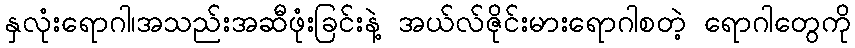
နှလုံးရောဂါ၊အသည်းအဆီဖုံးခြင်းနဲ့ အယ်လ်ဇိုင်းမားရောဂါစတဲ့ ရောဂါတွေကို